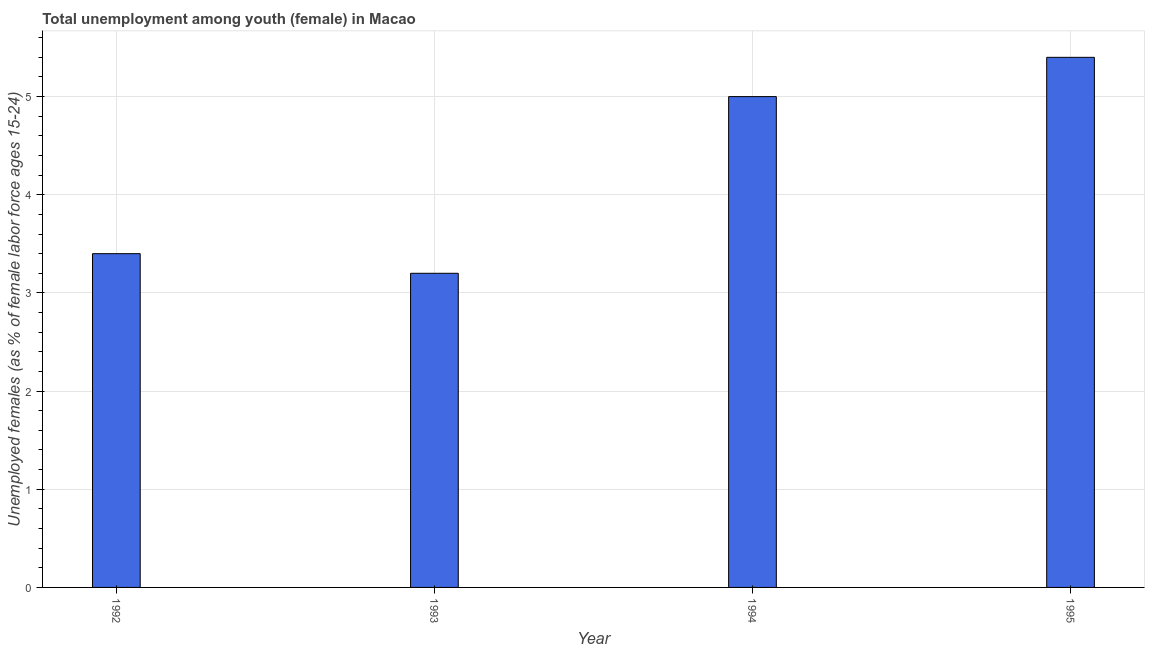
| Year | Unemployment |
 | --- | --- |
 | 1992 | 3.4 |
 | 1993 | 3.2 |
 | 1994 | 5 |
 | 1995 | 5.4 |